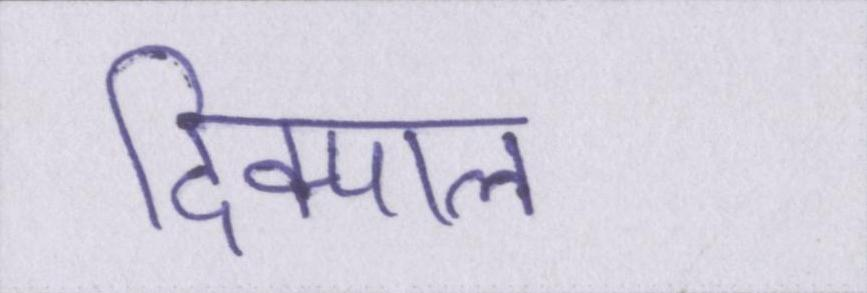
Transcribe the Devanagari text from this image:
दिक्पाल